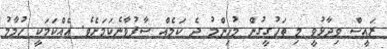
ރައީސް ވިދާޅުވީ މި ތަހުގީގުން މުހިންމު ދެ ކަމެއް ސާފުވާނެކަމަށެވެ. އެއްކަމަކީ ހުމާމު